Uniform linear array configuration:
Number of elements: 48
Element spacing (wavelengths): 0.75
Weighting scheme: cosine
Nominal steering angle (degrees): -45
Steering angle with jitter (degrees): -45.247
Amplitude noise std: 0.05
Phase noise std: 0.05

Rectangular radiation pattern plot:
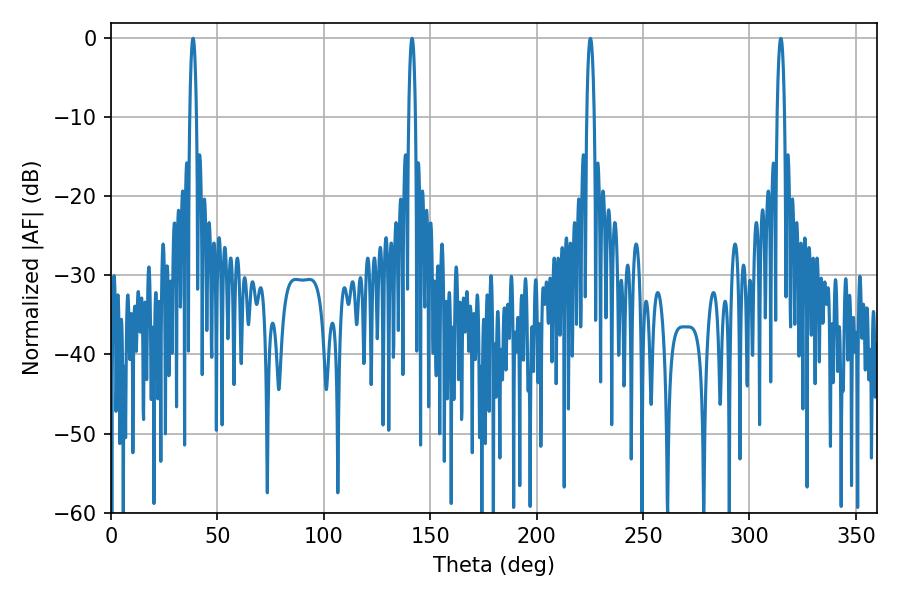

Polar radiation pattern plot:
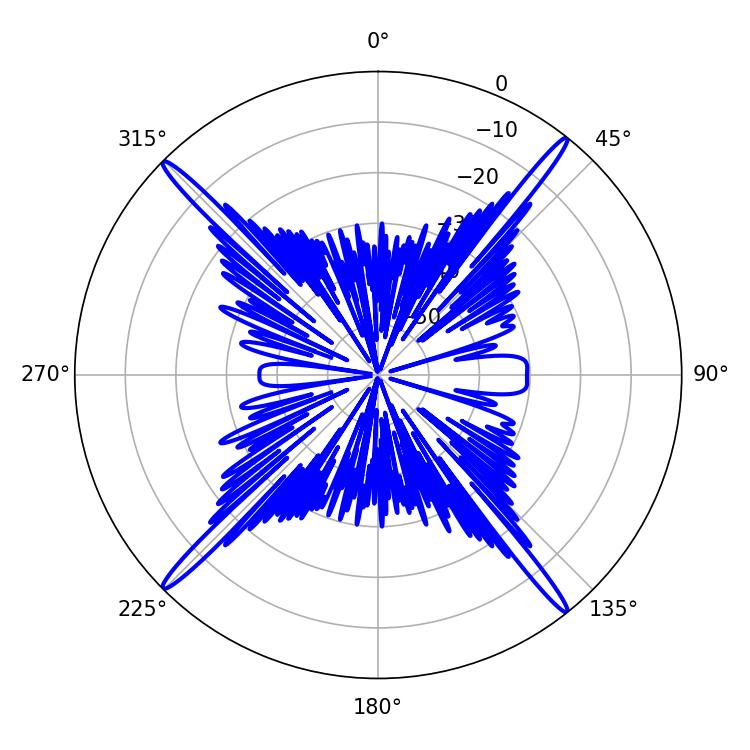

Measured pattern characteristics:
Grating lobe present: TRUE
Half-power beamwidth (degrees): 1.8
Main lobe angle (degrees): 38.52